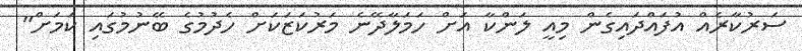
ސަރުކާރެއް އުފައްދައިގެން މިއީ ލަންކާ އަށް ހަމަލާދޭނެ މަރުކަޒަކަށް ހެދުމުގެ ބޭނުމުގައި ކަމަށް"